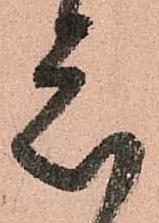
衆